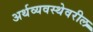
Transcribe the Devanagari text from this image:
अर्थव्यवस्थेवरील